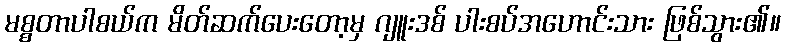
မစ္စတာပါစယ်က မိတ်ဆက်ပေးတော့မှ ဂျူးဒစ် ပါးစပ်အဟောင်းသား ဖြစ်သွား၏။